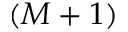
( M + 1 )